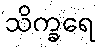
သိက္ခရေ